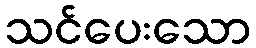
သင်ပေးသော